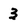
Character: 3